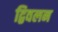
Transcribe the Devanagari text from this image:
द्विवलन